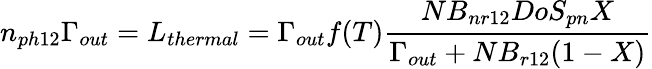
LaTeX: n_{ph12}\Gamma_{out}=L_{thermal}=\Gamma_{out}f(T)\frac{NB_{nr12}DoS_{pn}X}{\Gamma_{out}+NB_{r12}(1-X)}